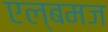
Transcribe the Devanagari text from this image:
एल्बमज